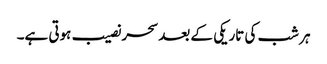
ہر شب کی تاریکی کے بعد سحر نصیب ہوتی ہے۔